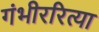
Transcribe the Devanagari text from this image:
गंभीररित्या